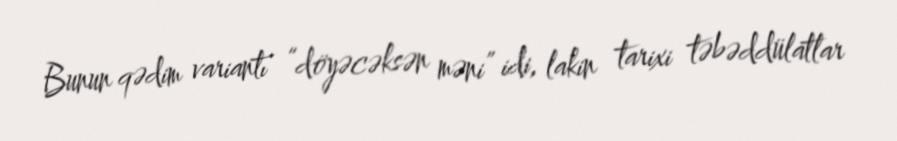
Bunun qədim variantı “döyəcəksən məni” idi, lakin tarixi təbəddülatlar